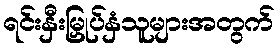
ရင်းနှီးမြှုပ်နှံသူများအတွက်